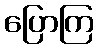
ပြောကြ